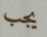
يجب